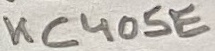
Text: KC405E